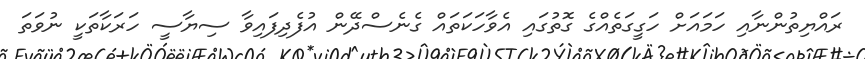
ރައްޔިތުންނާއި ހަމައަށް ހަގީގަތެއްގެ ގޮތުގައި އެވާހަކަތައް ގެނެސްދޭން އުފެދިފައިވާ ސިޔާސީ ހަރަކާތަކީ ނުވަތަ